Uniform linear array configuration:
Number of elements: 16
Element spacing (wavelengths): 0.75
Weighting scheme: hamming
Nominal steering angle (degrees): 15
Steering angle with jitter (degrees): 13.413
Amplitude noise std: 0.05
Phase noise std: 0.05

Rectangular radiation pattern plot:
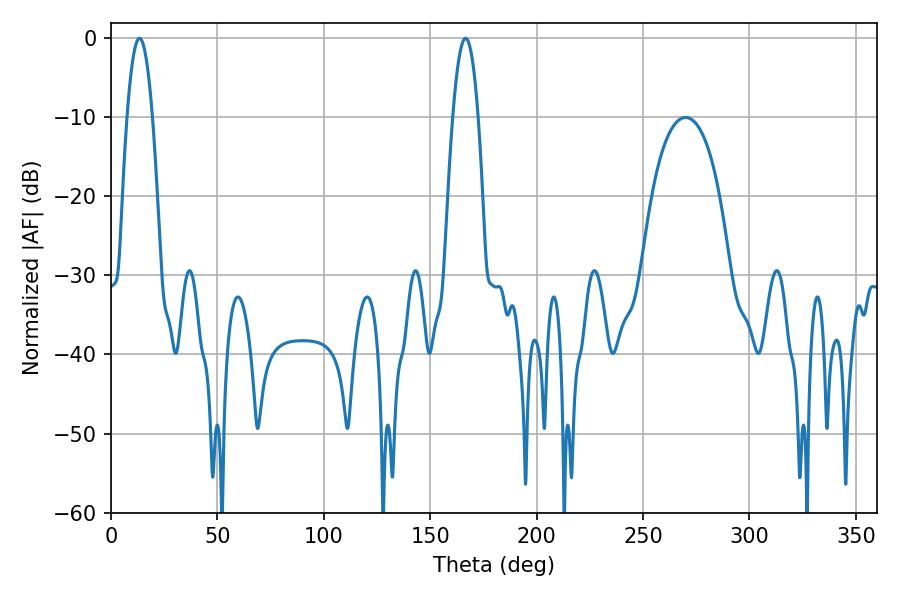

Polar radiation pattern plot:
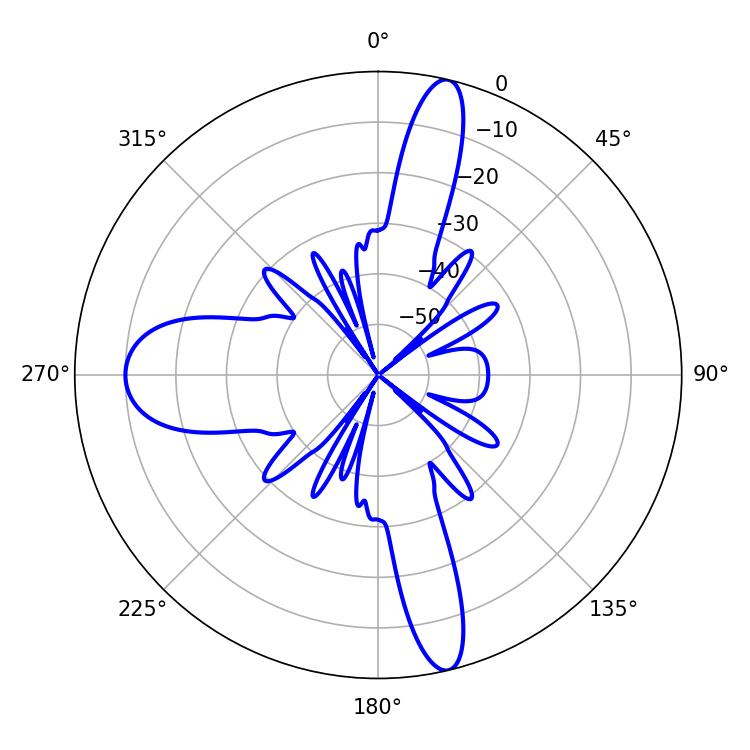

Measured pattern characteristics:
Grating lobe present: TRUE
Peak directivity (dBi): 19.212
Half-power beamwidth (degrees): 6.66
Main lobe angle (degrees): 166.68